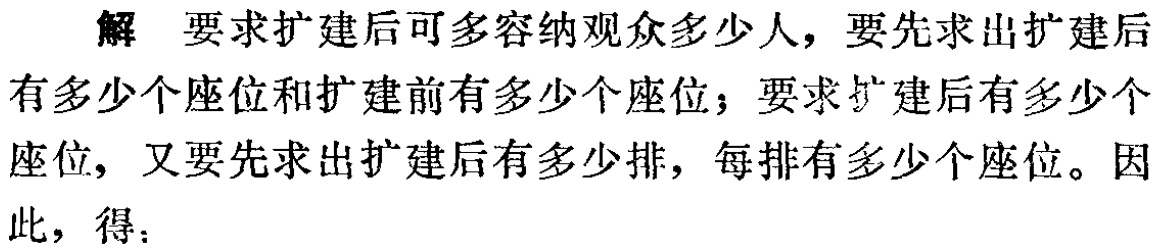
解 要求扩建后可多容纳观众多少人，要先求出扩建后有多少个座位和扩建前有多少个座位；要求扩建后有多少个座位，又要先求出扩建后有多少排，每排有多少个座位。因此，得：